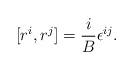
LaTeX: \begin{align*}[ r^i, r^j ] = {i \over B} \epsilon^{ij}.\end{align*}